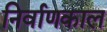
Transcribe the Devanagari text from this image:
निर्वाणकाल